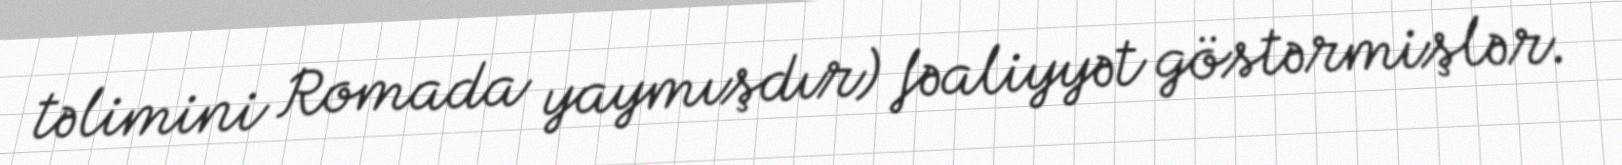
təlimini Romada yaymışdır) fəaliyyət göstərmişlər.